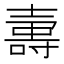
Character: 𡔽